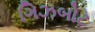
ગિઝબોટ